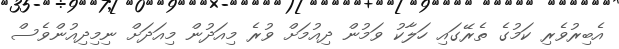
އެބިރުވެރި ކަމުގެ ތެރޭގައި ހަލާކު ވަމުން ދިއުމަށް ވުރެ މިއަދުން މިއަދަށް ނިމިދިއުންވެސް